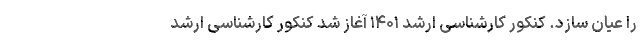
را عیان سازد. کنکور کارشناسی‌ ارشد ۱۴۰۱ آغاز شد کنکور کارشناسی‌ ارشد